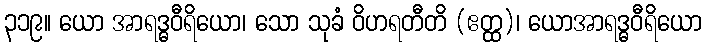
၃၁၉။ ယော အာရဒ္ဓဝီရိယော၊ သော သုခံ ဝိဟရတီတိ (ဧတ္ထ)၊ ယောအာရဒ္ဓဝီရိယော